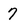
Character: 7